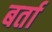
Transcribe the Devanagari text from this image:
बर्ता